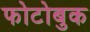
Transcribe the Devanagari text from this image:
फोटोबुक